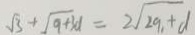
\sqrt { 3 } + \sqrt { 9 + 3 a } = 2 \sqrt { 2 9 + d }